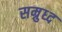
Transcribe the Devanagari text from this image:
सम्रुध्द